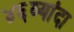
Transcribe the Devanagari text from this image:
४६व्यांदा